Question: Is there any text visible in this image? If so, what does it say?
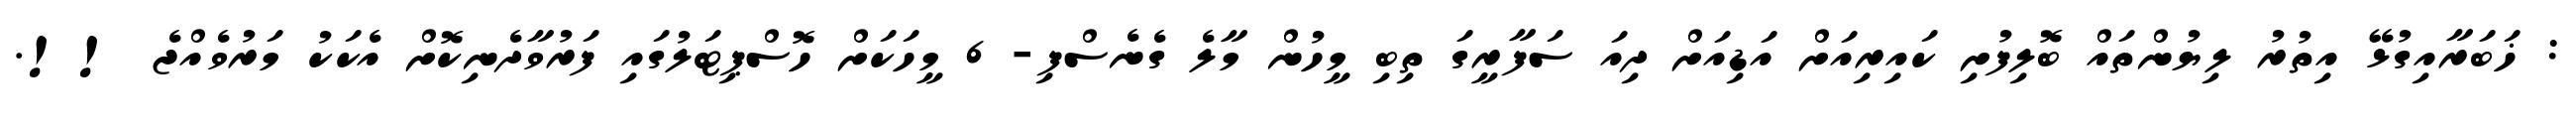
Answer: : ޚަބަރާއިގުޅޭ އިތުރު ލިޔުންތައް ބޮލިފުށި ކައިރިއަށް އަޑިއަށް ދިއަ ސަފާރީގަ ތިބި މީހުން މާލެ ގެނެސްފި- 6 މީހަކަށް ހޮސްޕިޓަލުގައި ފަރުވާދެނިކޮށް އެކަކު މަރުވެއްޖެ !!.